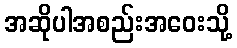
အဆိုပါအစည်းအဝေးသို့